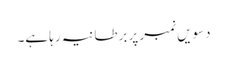
دسویں نمبر پر برطانیہ رہا ہے۔